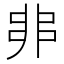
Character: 𠂼